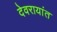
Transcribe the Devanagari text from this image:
देवरायांत